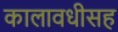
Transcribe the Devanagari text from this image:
कालावधीसह